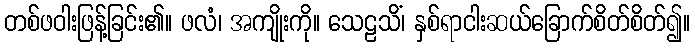
တစ်ဖဝါးဖြန့်ခြင်း၏။ ဖလံ၊ အကျိုးကို။ သေဠသိံ၊ နှစ်ရာငါးဆယ်ခြောက်စိတ်စိတ်၍။